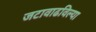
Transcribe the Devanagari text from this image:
जटावाढविल्या